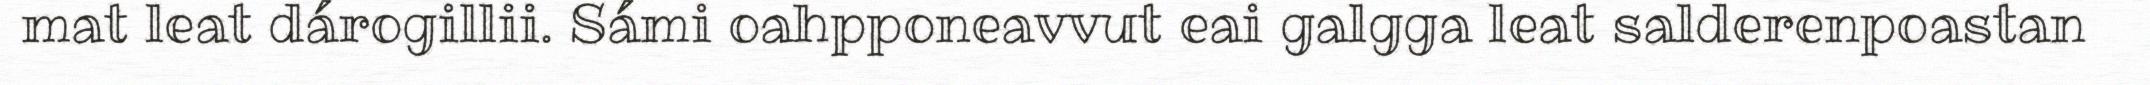
mat leat dárogillii. Sámi oahpponeavvut eai galgga leat salderenpoastan